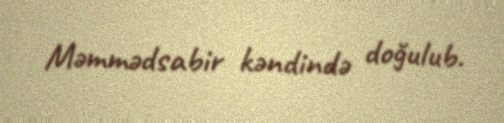
Məmmədsabir kəndində doğulub.